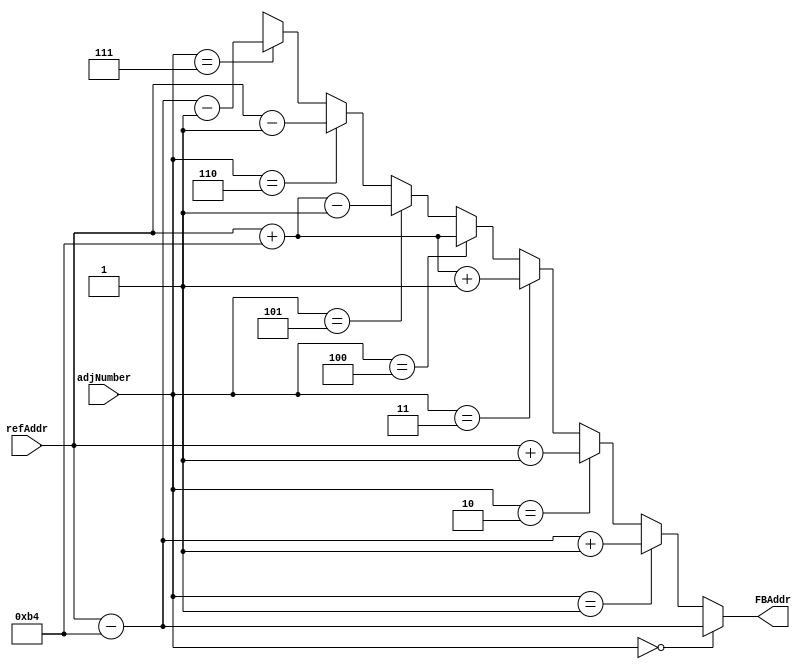
// This program was cloned from: https://github.com/ISKU/Autonomous-Drone-Design
// License: GNU General Public License v3.0

`define COLUMNS 8'd180
`define ROWS 8'd120

module Mat_AddrCal (refAddr, adjNumber, FBAddr);
	input [14:0] refAddr; // 
	input [2:0] adjNumber; //  8  
	output [14:0] FBAddr; // Frame Buffer Input 
	
	assign FBAddr =
		(adjNumber == 4'd0) ? refAddr - `COLUMNS : // 1
		(adjNumber == 4'd1) ? refAddr - `COLUMNS + 1 : // 2
		(adjNumber == 4'd2) ? refAddr + 1 : // 3
		(adjNumber == 4'd3) ? refAddr + `COLUMNS + 1 : // 4
		(adjNumber == 4'd4) ? refAddr + `COLUMNS : // 5
		(adjNumber == 4'd5) ? refAddr + `COLUMNS - 1 : // 6
		(adjNumber == 4'd6) ? refAddr - 1 : // 7
		(adjNumber == 4'd7) ? refAddr - `COLUMNS - 1 : 15'bx; // 8
endmodule